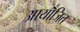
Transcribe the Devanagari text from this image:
आयॊजित